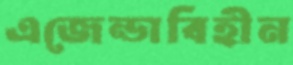
এজেন্ডাবিহীন